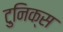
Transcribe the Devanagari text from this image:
टुनिक्स